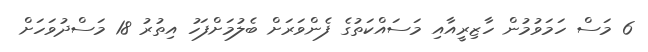
6 މަސް ހަމަވުމުން ހާޒިރީއާއި މަސައްކަތުގެ ފެންވަރަށް ބެލުމަށްފަހު އިތުރު 18 މަސްދުވަހަށް